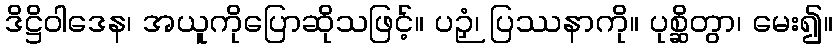
ဒိဋ္ဌိဝါဒေန၊ အယူကိုပြောဆိုသဖြင့်။ ပဉှံ၊ ပြဿနာကို။ ပုစ္ဆိတွာ၊ မေး၍။